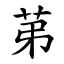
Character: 苐